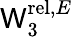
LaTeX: \mathsf{W}_{3}^{\mathrm{{rel}},E}